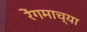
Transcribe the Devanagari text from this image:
रेंगमाच्या